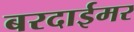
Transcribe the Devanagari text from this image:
बरदाईमर